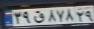
۳۹ق۸۷۸۲۹